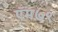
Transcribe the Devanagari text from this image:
ऍम७९